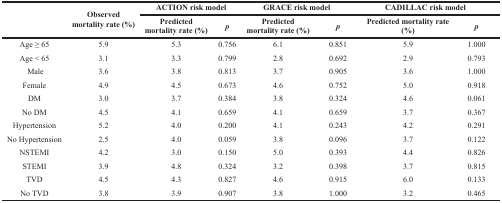
| <ROWSPAN=2>  | <ROWSPAN=2> Observed mortality rate (%) | <COLSPAN=2> ACTION risk model | <COLSPAN=2> GRACE risk model | <COLSPAN=2> CADILLAC risk model |
 | Predicted mortality rate (%) | p | Predicted mortality rate (%) | p | Predicted mortality rate (%) | p |
 | --- | --- | --- | --- | --- | --- | --- | --- |
 | Age ≥ 65 | 5.9 | 5.3 | 0.756 | 6.1 | 0.851 | 5.9 | 1.000 |
 | Age < 65 | 3.1 | 3.3 | 0.799 | 2.8 | 0.692 | 2.9 | 0.793 |
 | Male | 3.6 | 3.8 | 0.813 | 3.7 | 0.905 | 3.6 | 1.000 |
 | Female | 4.9 | 4.5 | 0.673 | 4.6 | 0.752 | 5.0 | 0.918 |
 | DM | 3.0 | 3.7 | 0.384 | 3.8 | 0.324 | 4.6 | 0.061 |
 | No DM | 4.5 | 4.1 | 0.659 | 4.1 | 0.659 | 3.7 | 0.367 |
 | Hypertension | 5.2 | 4.0 | 0.200 | 4.1 | 0.243 | 4.2 | 0.291 |
 | No Hypertension | 2.5 | 4.0 | 0.059 | 3.8 | 0.096 | 3.7 | 0.122 |
 | NSTEMI | 4.2 | 3.0 | 0.150 | 5.0 | 0.393 | 4.4 | 0.826 |
 | STEMI | 3.9 | 4.8 | 0.324 | 3.2 | 0.398 | 3.7 | 0.815 |
 | TVD | 4.5 | 4.3 | 0.827 | 4.6 | 0.915 | 6.0 | 0.133 |
 | No TVD | 3.8 | 3.9 | 0.907 | 3.8 | 1.000 | 3.2 | 0.465 |